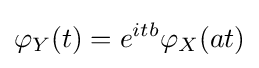
\varphi _{Y}(t)=e^{itb}\varphi _{X}(at)